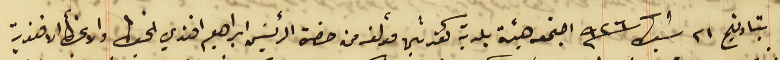
بتاريخ ٢١ شباط سنة ٩٢٦ اجتمع هيئة بلدية كفرشيما مؤلفه من حضرة الرئيسَ ابراهيم افندي الخياط والاعضأ الافندية